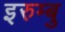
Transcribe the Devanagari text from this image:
इरुम्बु